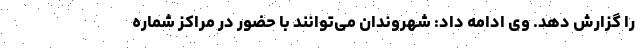
را گزارش دهد. وی ادامه داد: شهروندان می‌توانند با حضور در مراکز شماره